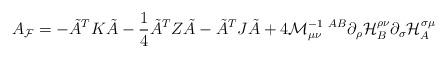
LaTeX: \begin{align*}A_{\cal F}=-\tilde{A}^TK\tilde{A}-\frac{1}{4}\tilde{A}^TZ\tilde{A}- \tilde{A}^TJ\tilde{A}+4{\cal M}^{-1\ AB}_{\mu\nu}\partial_\rho {\cal H}_B^{\rho\nu} \partial_\sigma {\cal H}_A^{\sigma\mu} \end{align*}